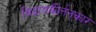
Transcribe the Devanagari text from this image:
विद्वानकीर्तनकार